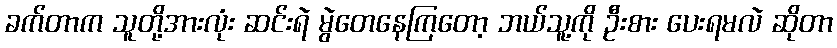
ခက်တာက သူတို့အားလုံး ဆင်းရဲ မွဲတေနေကြတော့ ဘယ်သူ့ကို ဦးစား ပေးရမလဲ ဆိုတာ